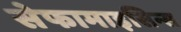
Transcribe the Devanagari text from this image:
सेफामाइसिन्स